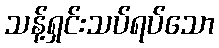
သန့်ရှင်းသပ်ရပ်သော